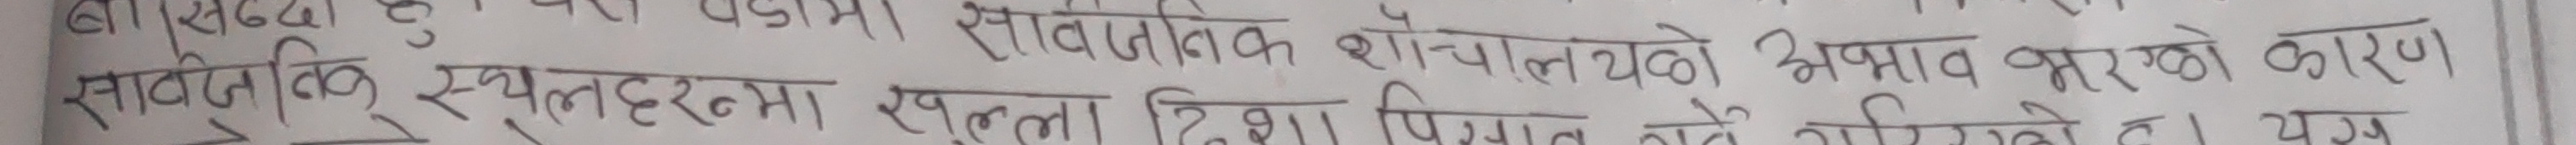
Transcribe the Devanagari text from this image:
स्वाभाविक स्थलहरुमा खुल्ला दिशा पिसाव गर्ने गरेको । यस